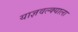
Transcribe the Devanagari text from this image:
याज्ञवल्क्याला